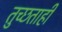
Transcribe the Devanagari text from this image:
तुच्छताही